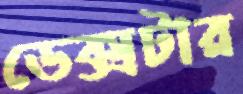
ডেক্সটার